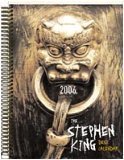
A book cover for The Stephen King Desk Calendar 2006 - Includes Short Story My Pretty Pony; Stephen King; Calendars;